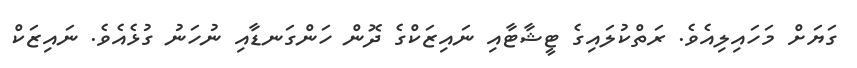
ގަޔަށް މަހައިލިއެވެ. ރަތްކުލައިގެ ޓީޝާޓާއި ނައިޒަކްގެ ދޮން ހަންގަނޑާއި ނުހަނު ގުޅެއެވެ. ނައިޒަކް